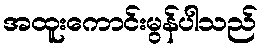
အထူးကောင်းမွန်ပါသည်